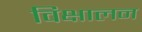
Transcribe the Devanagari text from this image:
विक्षालन